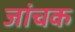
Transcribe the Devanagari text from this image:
जांचक